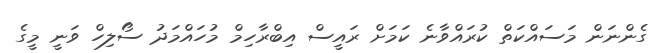
ގެންނަން މަސައްކަތް ކުރައްވާނެ ކަމަށް ރައީސް އިބްރާހިމް މުހައްމަދު ސޯލިހް ވަނީ މީގެ